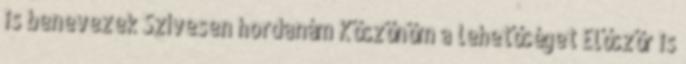
is benevezek Szívesen hordanám Köszönöm a lehetőséget Először is